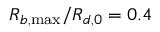
R _ { b , \operatorname* { m a x } } / R _ { d , 0 } = 0 . 4